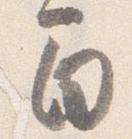
間